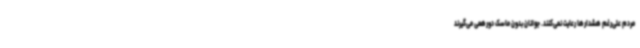
مردم علی‌رغم هشدارها رعایت نمی‌کنند. جوانان بدون ماسک دورهمی می‌گیرند